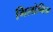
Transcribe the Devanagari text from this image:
गिलोनिन